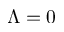
\Lambda = 0